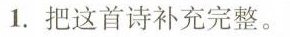
1.把这首诗补充完整。